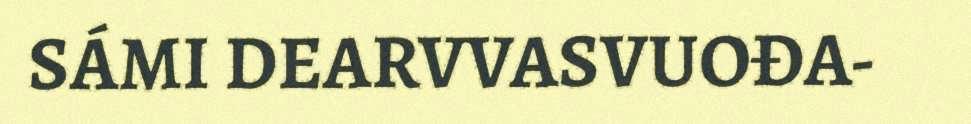
SÁMI DEARVVASVUOĐA-